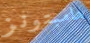
هامبتونز